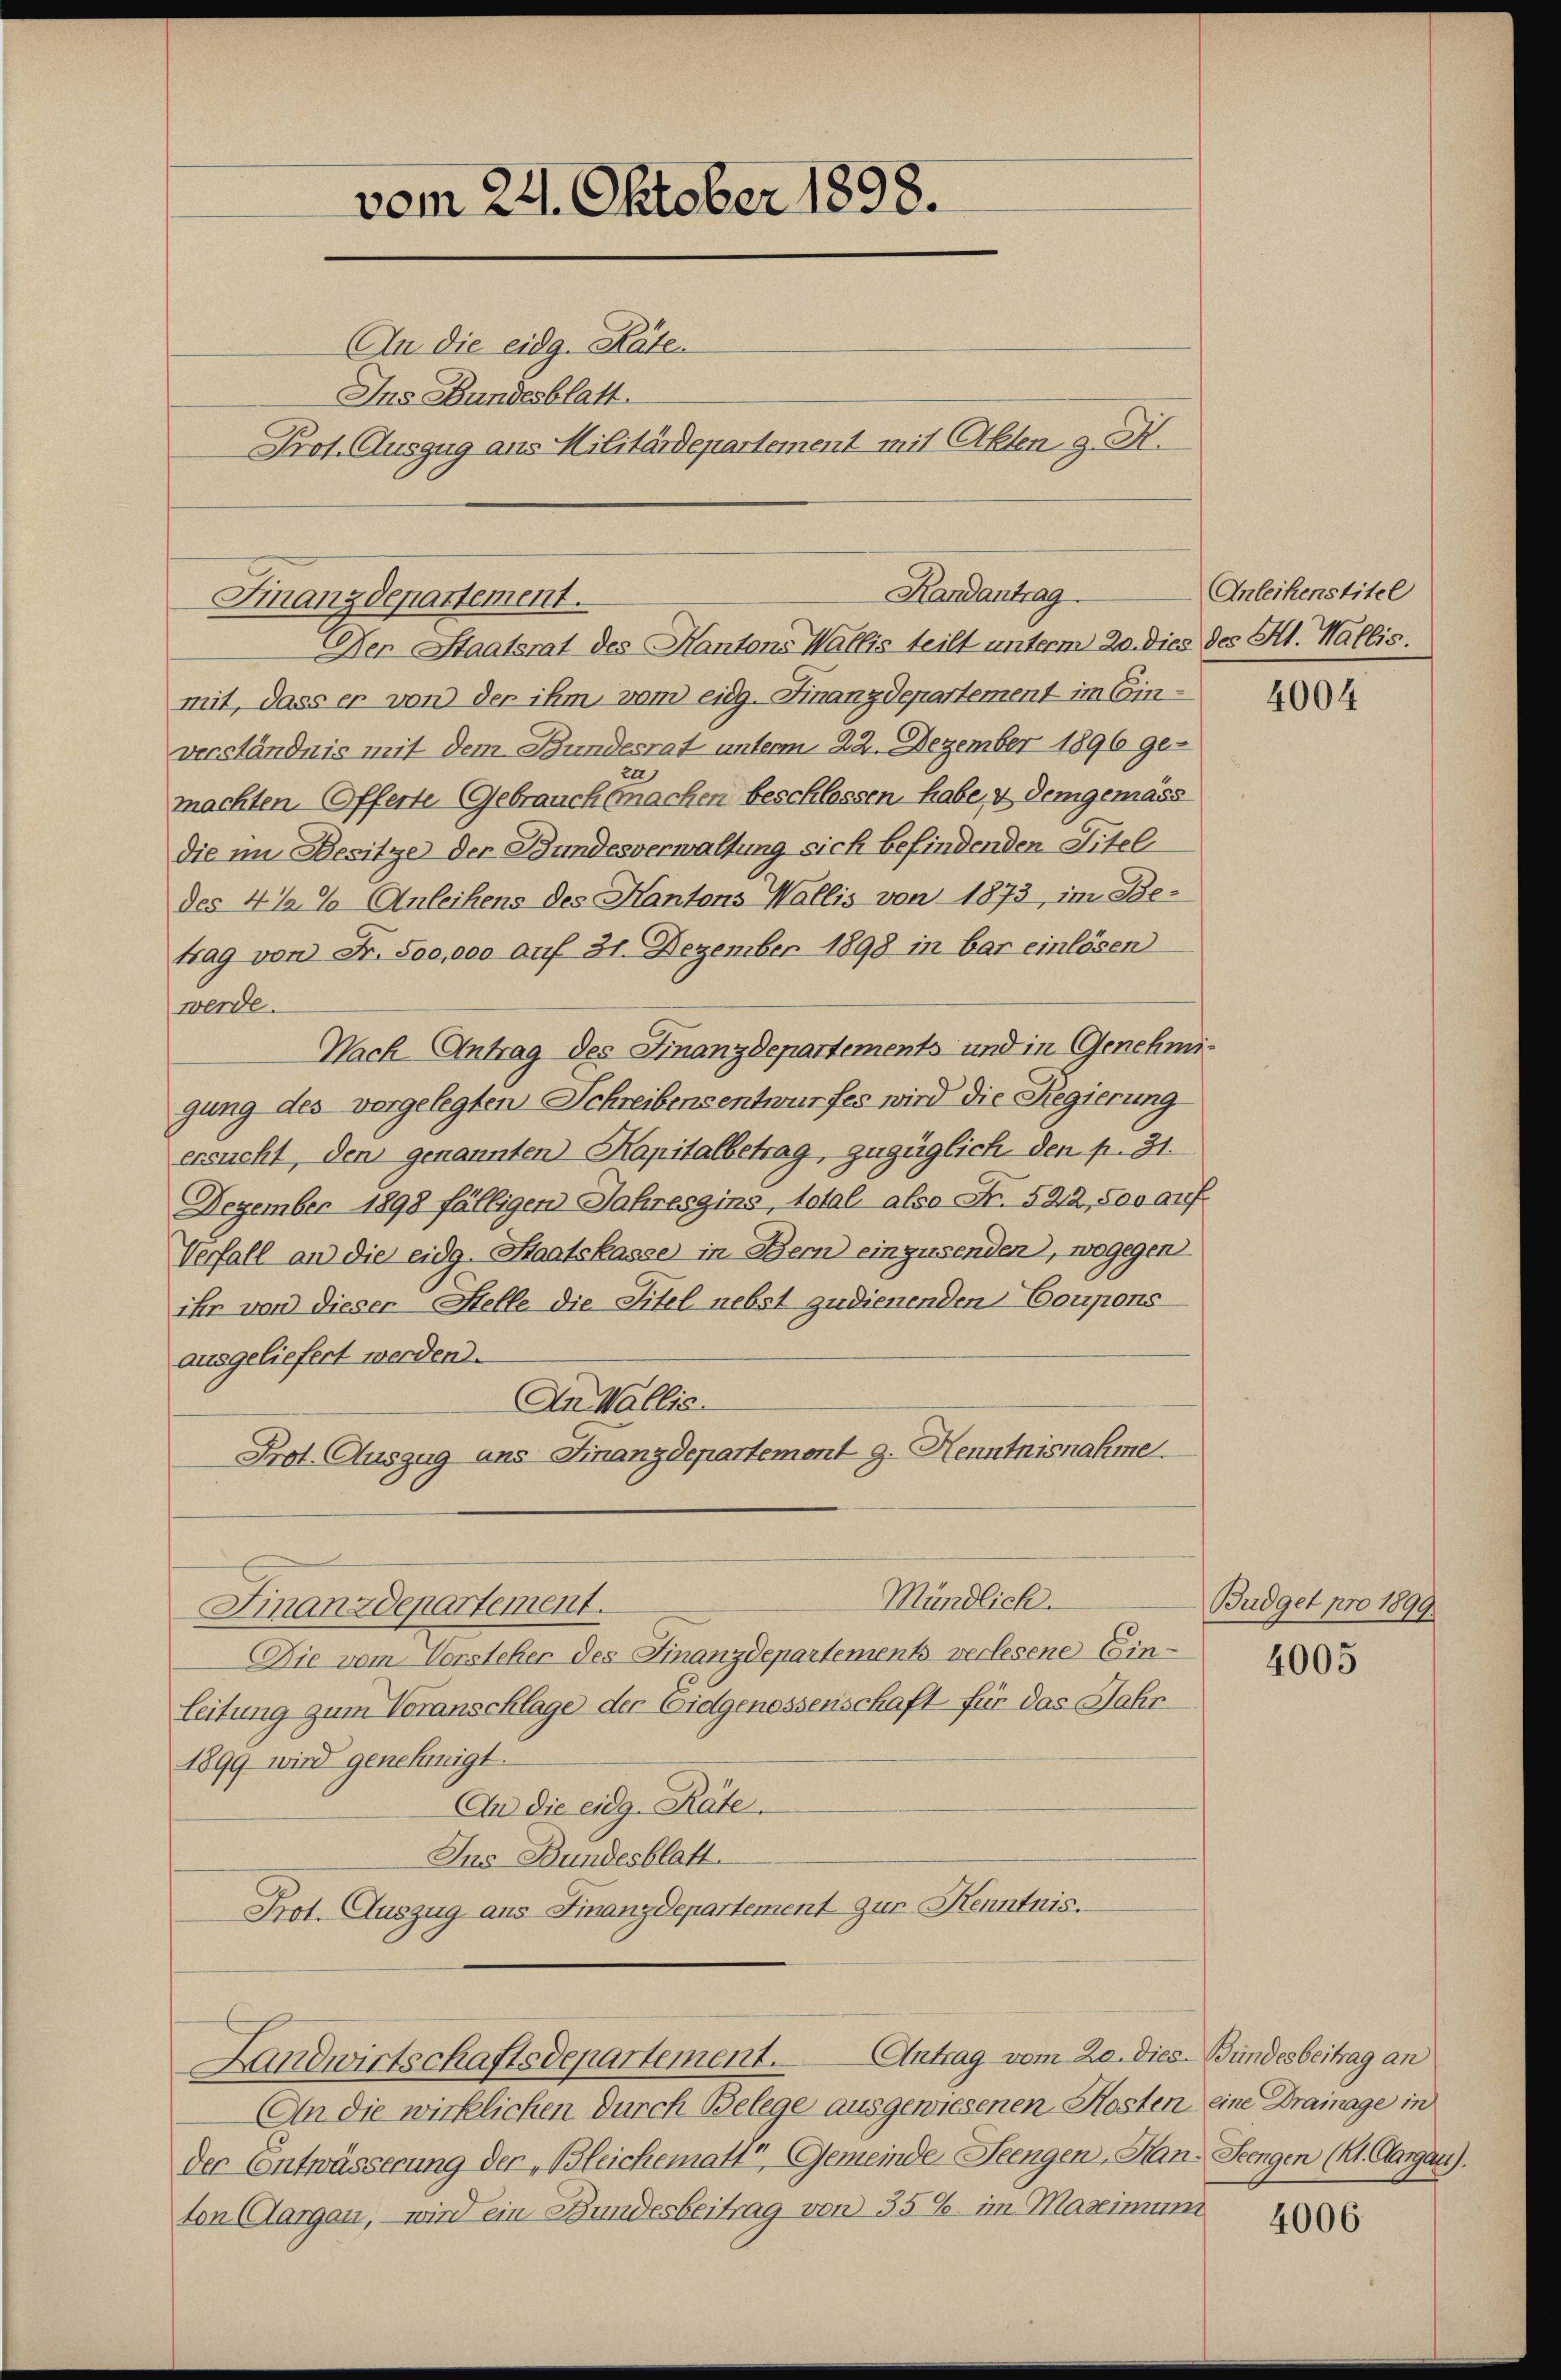
vom 24. Oktober 1898.
An die eidg. Räten
Ins Bundesblatt.
Prot. Auszug aus Militärdepartement mit Akten 9. X.

Finanzdepartement.

Der Staatsrat des Kantons Wallis teilt unterm 20. dies
mit, dass er von der ihm von eidg. Finanzdepartement im Ein-
verständnis mit dem Bundesrat unterm 22. Dezember 1896 ge-
machten. Offerte Gebrauch machen beschlossen habe, & demgemäss
die im Besitze der Bundesverwaltung sich befindenden Titel
des 4 1/2% Anleihens des Kantons Wallis von 1873, im Be-
trag von Fr. 800,000 auf 31. Dezember 1898 in bar einlösen
werde.
Nach Antrag des Finanzdepartements und in Genehm
gung des vorgelegten Schreibensentwurfes wird die Regierung
ersucht, den genannten Kapitalbetrag, zugüglich den p. 31.
Dezember 1898 fälligen Jahreszins, total also Fr. 522, 800 gr.
Verfall an die eidg. Staatskasse in Bern einzusenden, wogegen
ihr von dieser Stelle die Titel nebst zudienenden Coupons
ausgeliefert werden.
An Wallis
Prot. Auszug aus Finanzdepartement 9. Henntnisnahme.
Mündlich.
Finanzdepartement.
Die vom Vorsteher des Finanzdepartements verlesene Einleitung zum Voranschlage der Eidgenossenschaft für das Jahr
1899 wird genehmigt.
An die eidg. Rate.
Ins Bundesblatt
Prot. Auszug aus Finanzdepartement zur Kenntnis.
Landwirtschaftsdepartement. Antrag vom 20. dies Bundesbeitrag an
An die wirklichen durch Belege ausgewiesenen Kosten eine Drainage in
der Entwässerung der „Bleichematt“, Gemeinde Seengen, Han- Seengen (lt. Aargau).
ton Aargau, wird ein Bundesbeitrag von 35 %. im Maximum

Randantrag

Anleihenstitel
2 des Hl. Wallis.

4004

Budget pro 1899

4005

4006